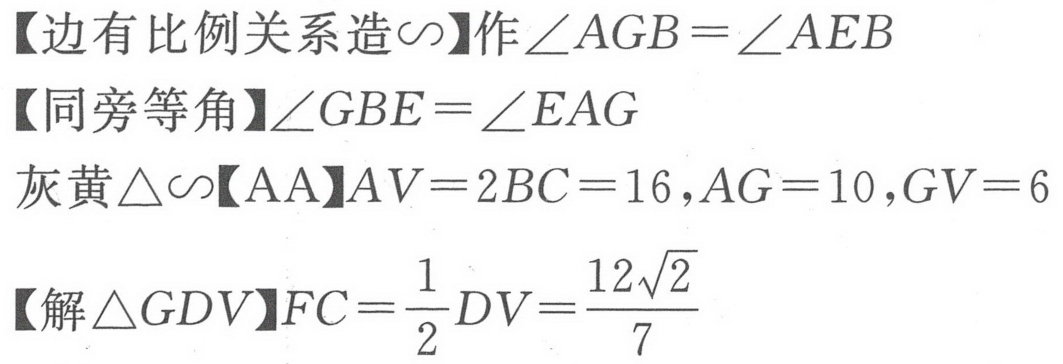
【边有比例关系造$\sim$】作$\angle AGB = \angle AEB$
【同旁等角】$\angle GBE = \angle EAG$
灰黄$\triangle\sim$【AA】$AV = 2BC = 16,AG = 10,GV = 6$
【解$\triangle GDV$】$FC=\dfrac{1}{2}DV=\dfrac{12\sqrt{2}}{7}$